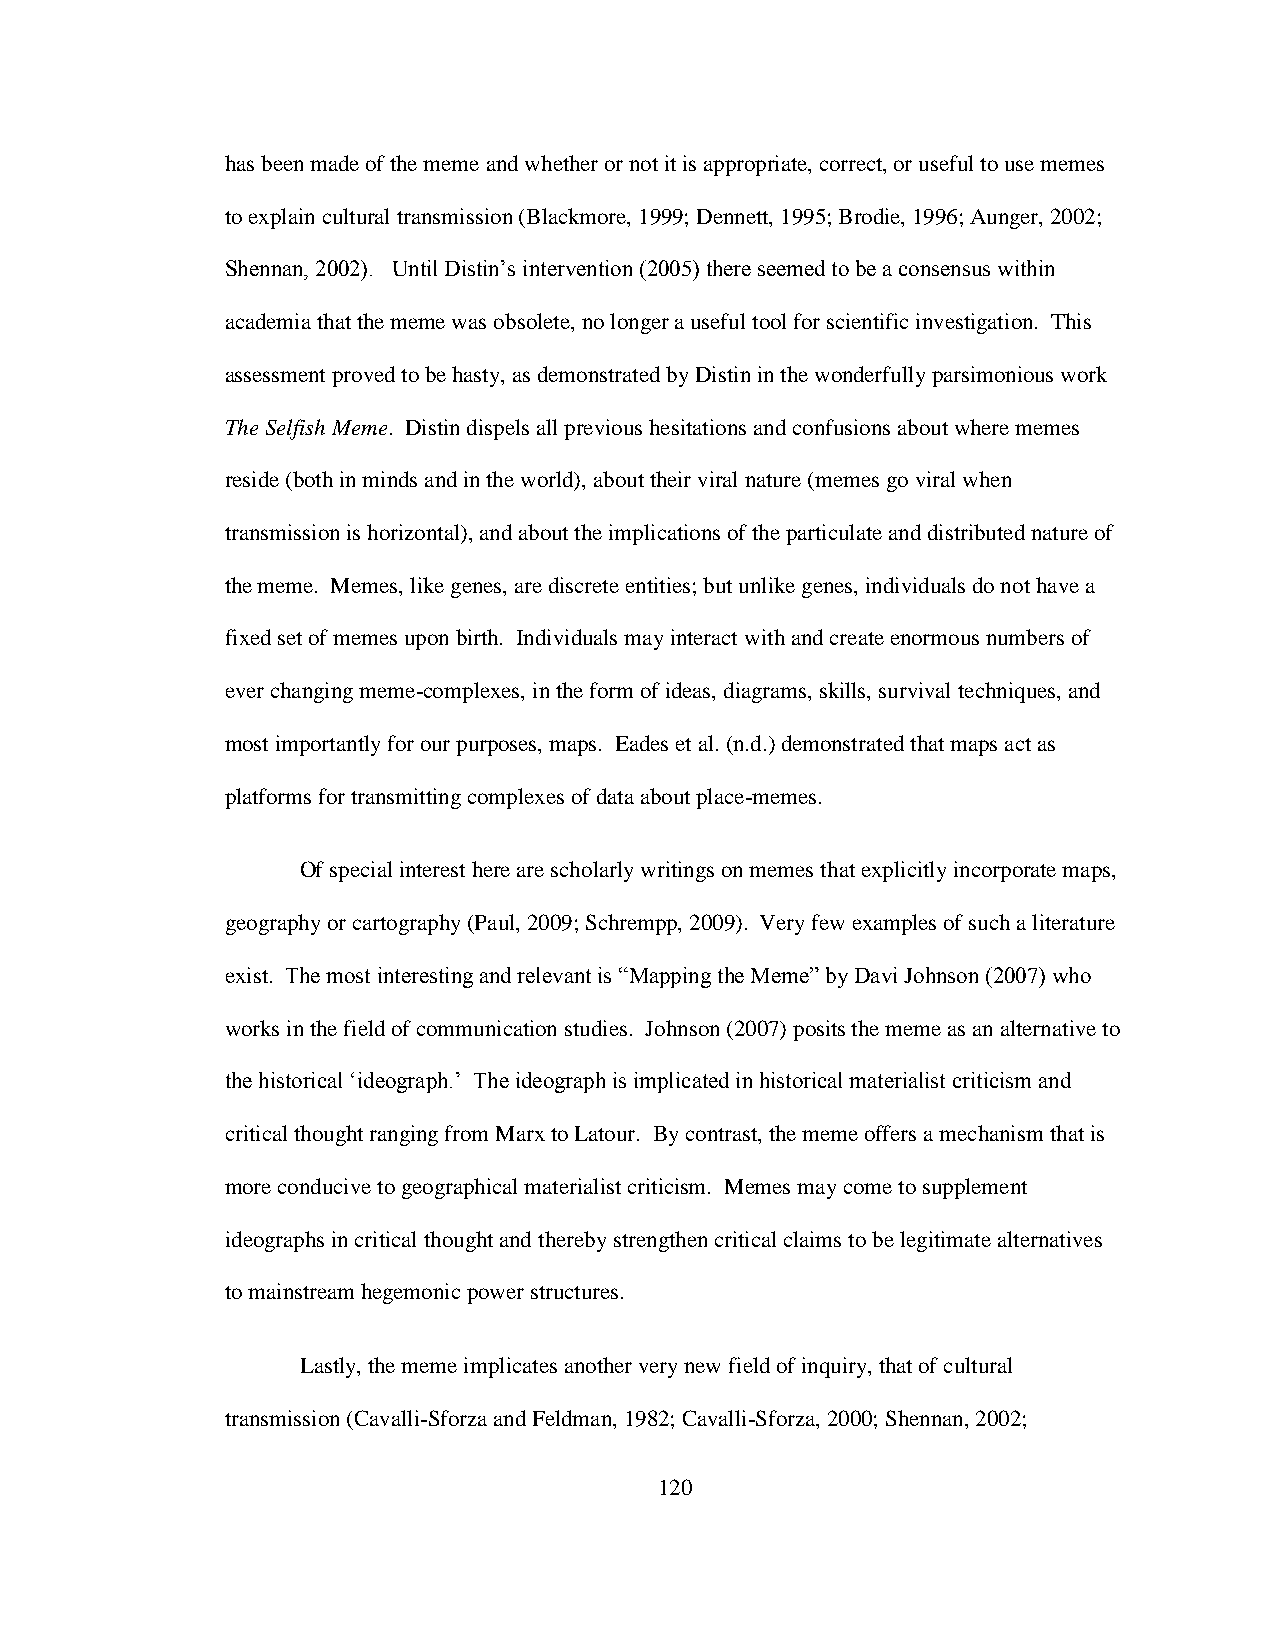
has been made of the meme and whether or not it is appropriate, correct, or useful to use memes
 to explain cultural transmission (Blackmore, 1999; Dennett, 1995; Brodie, 1996; Aunger, 2002;
 Shennan, 2002). Until Distin‟s intervention (2005) there seemed to be a consensus within
 academia that the meme was obsolete, no longer a useful tool for scientific investigation. This
 assessment proved to be hasty, as demonstrated by Distin in the wonderfully parsimonious work
 The Selfish Meme. Distin dispels all previous hesitations and confusions about where memes
 reside (both in minds and in the world), about their viral nature (memes go viral when
 transmission is horizontal), and about the implications of the particulate and distributed nature of
 the meme. Memes, like genes, are discrete entities; but unlike genes, individuals do not have a
 fixed set of memes upon birth. Individuals may interact with and create enormous numbers of
 ever changing meme-complexes, in the form of ideas, diagrams, skills, survival techniques, and
 most importantly for our purposes, maps. Eades et al. (n.d.) demonstrated that maps act as
 platforms for transmitting complexes of data about place-memes.
 Of special interest here are scholarly writings on memes that explicitly incorporate maps,
 geography or cartography (Paul, 2009; Schrempp, 2009). Very few examples of such a literature
 exist. The most interesting and relevant is “Mapping the Meme” by Davi Johnson (2007) who
 works in the field of communication studies. Johnson (2007) posits the meme as an alternative to
 the historical „ideograph.‟ The ideograph is implicated in historical materialist criticism and
 critical thought ranging from Marx to Latour. By contrast, the meme offers a mechanism that is
 more conducive to geographical materialist criticism. Memes may come to supplement
 ideographs in critical thought and thereby strengthen critical claims to be legitimate alternatives
 to mainstream hegemonic power structures.
 Lastly, the meme implicates another very new field of inquiry, that of cultural
 transmission (Cavalli-Sforza and Feldman, 1982; Cavalli-Sforza, 2000; Shennan, 2002;
 120